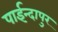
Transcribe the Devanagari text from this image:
पाईन्दापुर